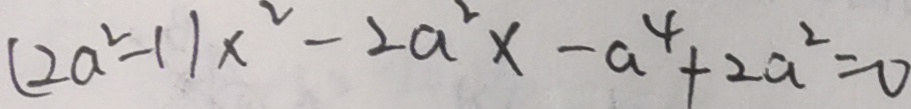
( 2 a ^ { 2 } - 1 ) x ^ { 2 } - 2 a ^ { 2 } x - a ^ { 4 } + 2 a ^ { 2 } = 0